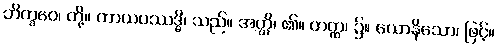
ဘိက္ခဝေ၊ တို့။ ကာယပဿဒ္ဓိ၊ သည်။ အတ္ထိ၊ ၏။ တတ္ထ၊ ၌။ ယောနိသော၊ ဖြင့်။